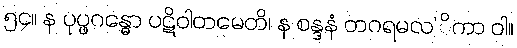
၅၄။ န ပုပ္ဖဂန္ဓော ပဋိဝါတမေတိ၊ န စန္ဒနံ တဂရမလ’ိကာ ဝါ။